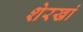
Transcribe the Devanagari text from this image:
शेरखां